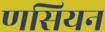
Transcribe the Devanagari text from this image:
णसियन